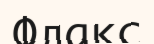
Флакс